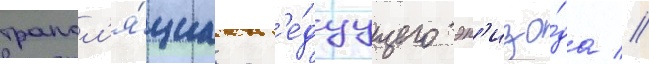
трансл'я́циа сл'е́дуущего эп'изо́да //